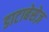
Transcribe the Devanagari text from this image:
डाटाबेसेज़